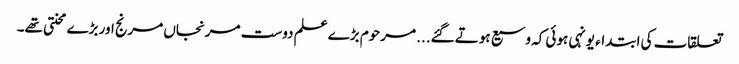
تعلقات کی ابتداء یونہی ہوئی کہ وسیع ہوتے گئے... مرحوم بڑے علم دوست مرنجاں مرنج اور بڑے محنتی تھے۔